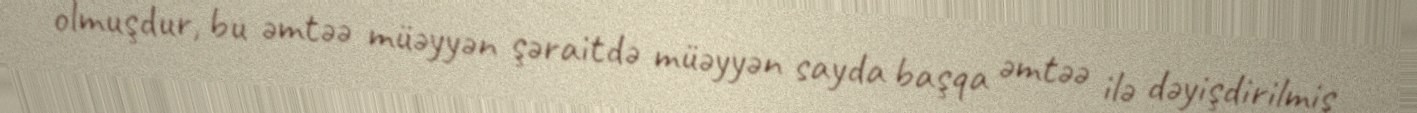
olmuşdur, bu əmtəə müəyyən şəraitdə müəyyən sayda başqa əmtəə ilə dəyişdirilmiş